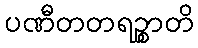
ပဏီတတရဉ္စာတိ